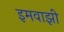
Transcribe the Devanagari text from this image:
इमवाझी